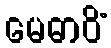
မေဓာဝိံ